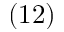
( 1 2 )